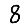
Digit: 8